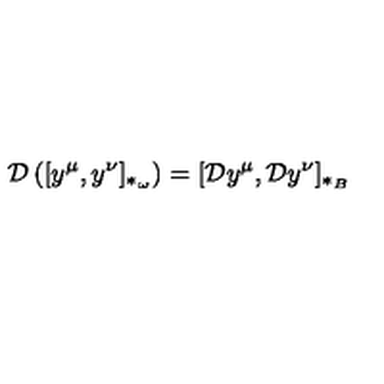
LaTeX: { \cal D } \left( [ y ^ { \mu } , y ^ { \nu } ] _ { \ast _ { \omega } } \right) = [ { \cal D } y ^ { \mu } , { \cal D } y ^ { \nu } ] _ { \ast _ { B } }